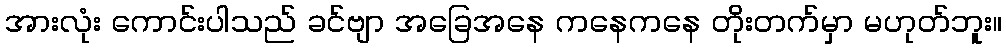
အားလုံး ကောင်းပါသည် ခင်ဗျာ အခြေအနေ ကနေကနေ တိုးတက်မှာ မဟုတ်ဘူး။